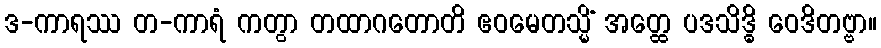
ဒ-ကာရဿ တ-ကာရံ ကတွာ တထာဂတောတိ ဧဝမေတသ္မိံ အတ္ထေ ပဒသိဒ္ဓိ ဝေဒိတဗ္ဗာ။